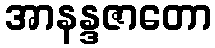
အာနန္ဒဇာတော